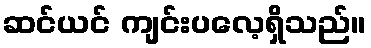
ဆင်ယင် ကျင်းပလေ့ရှိသည်။